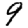
Digit: 9